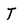
Character: T